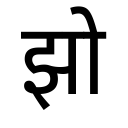
OCR:
झो